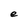
Character: e